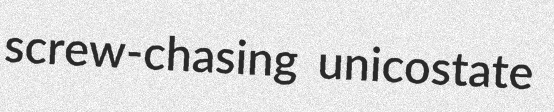
screw-chasing unicostate